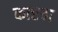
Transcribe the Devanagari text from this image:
कारचा